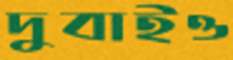
দুবাইও